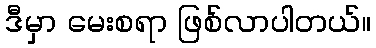
ဒီမှာ မေးစရာ ဖြစ်လာပါတယ်။